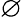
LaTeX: \varnothing